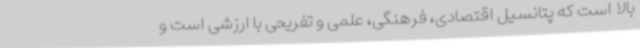
بالا است که پتانسیل اقتصادی، فرهنگی، علمی و تفریحی با ارزشی است و